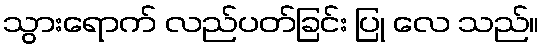
သွားရောက် လည်ပတ်ခြင်း ပြု လေ သည်။